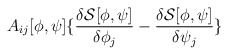
\begin{align*}A_{ij}[\phi ,\psi ]\{\frac{\delta {\mathcal{S}}[\phi ,\psi ]}{\delta \phi _{j}}-\frac{\delta {\mathcal{S}}[\phi ,\psi ]}{\delta \psi _{j}}\}\end{align*}